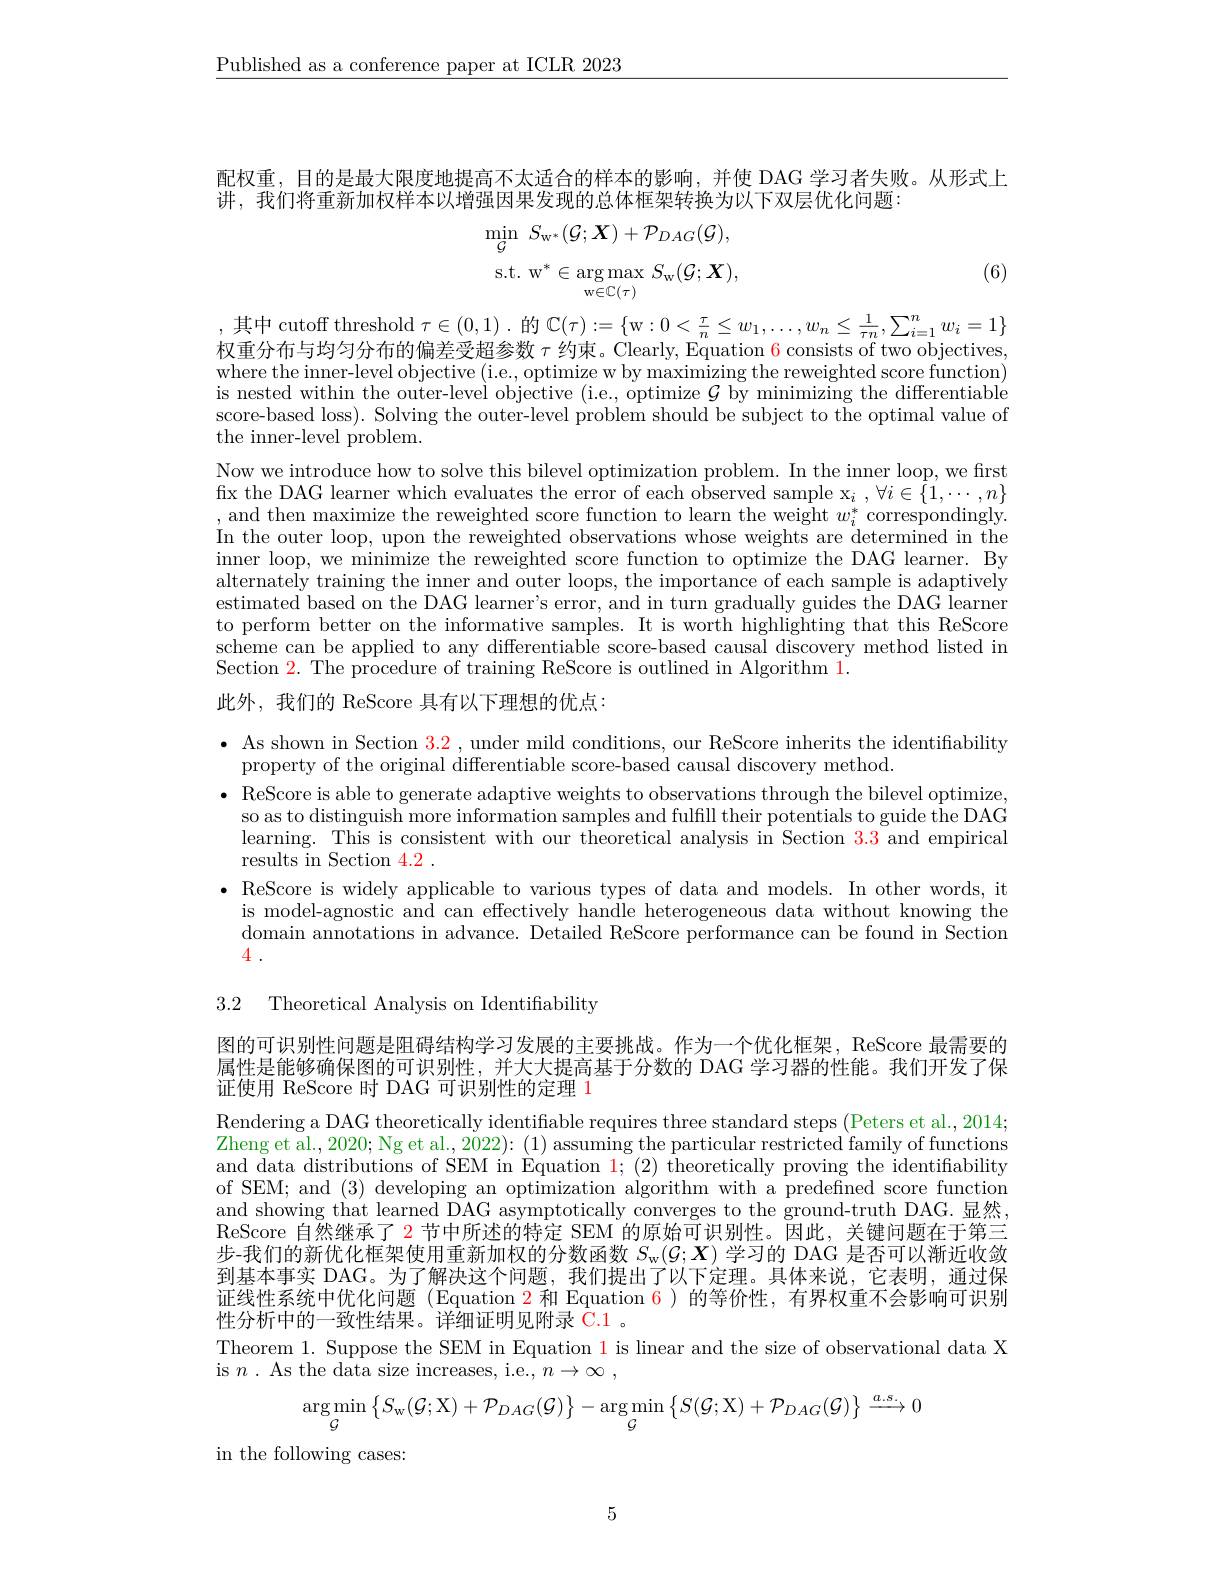
$\underline{\text{Published as a conference paper at ICLR 2023}}$

配权重，目的是最大限度地提高不太适合的样本的影响，并使 DAG 学习者失败。从形式上
讲，我们将重新加权样本以增强因果发现的总体框架转换为以下双层优化问题：
$$\begin{aligned}&\operatorname*{min}_{\mathcal{G}}\:S_{\mathrm{w}^{*}}(\mathcal{G};\boldsymbol{X})+\mathcal{P}_{DAG}(\mathcal{G}),\\&\mathrm{s.t.~w^{*}\in\underset{w\in\mathbb{C}(\tau)}{\operatorname*{arg}}max~S_{w}(\mathcal{G};\boldsymbol{X}),}\end{aligned}$$
(6)

,其中 cutoff threshold $\tau\in(0,1).$ 的 $\mathbb{C}(\tau):=\{$w$:0<\frac\tau n\leq w_1,\ldots,w_n\leq\frac1{\tau n},\sum_{i=1}^{n}w_i=1\}$ 权重分布与均匀分布的偏差受超参数$\tau$约束。Clearly, Equation $\color{red}{6}$ consists of two objectives, where the inner-level objective (i.e., optimize w by maximizing the reweighted score function) is nested within the outer-level objective (i.e, optimize $\mathcal{G}$ by minimizing the differentiablé score-based loss). Solving the outer-level problem should be subject to the optimal value of the inner-level problem.
Now we introduce how to solve this bilevel optimization problem. In the inner loop, we first fix the DAG learner which evaluates the error of each observed sample x$_i,\forall i\in\{1,\cdots,n\}$ and then maximize the reweighted score function to learn the weight $w_i^*$ correspondingly In the outer loop, upon the reweighted observations whose weights are determined in the inner loop, we minimize the reweighted score function to optimize the DAG learner. By alternately training the inner and outer loops, the importance of each sample is adaptively estimated based on the DAG learner's error, and in turn gradually guides the DAG learner to perform better on the informative samples. It is worth highlighting that this ReScore scheme can be applied to any differentiable score-based causal discovery method listed in Section 2. The procedure of training ReScore is outlined in Algorithm 1.
此外，我们的 ReScore 具有以下理想的优点：

$\bullet$ As shown in Section $\color{red}3.2$, under mild conditions, our ReScore inherits the identifiability
property of the original differentiable score-based causal discovery method.
$\bullet$ ReScore is able to generate adaptive weights to observations through the bilevel optimize,
so as to distinguish more information samples and fulfill their potentials to guide the DAG learning. This is consistent with our theoretical analysis in Section $\color{red}{3.3}$ and empirical results in Section 4.2 .
· ReScore is widely applicable to various types of data and models. In other words, it
is model-agnostic and can effectively handle heterogeneous data without knowing the domain annotations in advance. Detailed ReScore performance can be found in Section 4 .

3.2 Theoretical Analysis on Identifiability

图的可识别性问题是阻碍结构学习发展的主要挑战。作为一个优化框架，ReScore 最需要的属性是能够确保图的可识别性，并大大提高基于分数的 DAG 学习器的性能。我们开发了保证使用 ReScore 时 DAG 可识别性的定理 1
Rendering a DAG theoretically identifiable requires three standard steps (Peters et al., 2014; Zheng et al., 2020; Ng et al., 2022): (1) assuming the particular restricted family of functions and data distributions of SEM in Equation 1;(2) theoretically proving the identiffability of SEM; and (3) developing an optimization algorithm with a predefined score function and showing that learned DAG asymptotically converges to the ground-truth DAG.显然， ReScore 自然继承了2节中所述的特定 SEM 的原始可识别性。因此，关键问题在于第三步-我们的新优化框架使用重新加权的分数函数$S_\mathrm{w} ( \mathcal{G} ; \boldsymbol{X})$学习的 DAG 是否可以渐近收敛到基本事实 DAG。为了解决这个问题，我们提出了以下定理。具体来说，它表明，通过保证线性系统中优化问题 (Equation $\color{red}{2}$和 Equation 6)的等价性，有界权重不会影响可识别性分析中的一致性结果。详细证明见附录$\bar{\mathbb{C}}.1$
Theorem 1. Suppose the SEM in Equation 1 is linear and the size of observational data X
is $n.$ As the data size increases, i.e., $n\to\infty$,
$$\underset{\mathcal{G}}{\arg\min}\left\{S_{\mathrm{w}}(\mathcal{G};\mathrm{X})+\mathcal{P}_{DAG}(\mathcal{G})\right\}-\underset{\mathcal{G}}{\arg\min}\left\{S(\mathcal{G};\mathrm{X})+\mathcal{P}_{DAG}(\mathcal{G})\right\}\xrightarrow{a.s.}0$$
in the following cases:

5